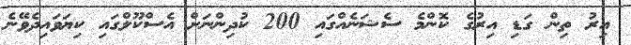
އިރު ތިން ގަޑި އިރުގެ ކޮންމެ ސެޝަނެއްގައި 200 ކުދިންނަށް އެސްކޫލްގައި ކިޔަވައިދެވޭނެ